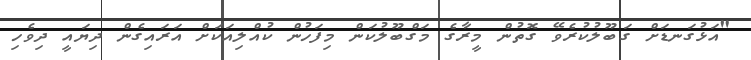
"އަޅުގަނޑަށް ގަބޫލުކުރެވޭ ގޮތުން މީރާގެ މަގްބޫލުކަން މިފަހުން ކުއްލިއަކަށް އަރައިގެން ދިޔައީ ދިވެހި